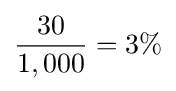
{\frac {30}{1,000}}=3\%